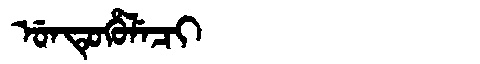
Manchu: ᡠᠨᡨᡠᡥᡠᠯᡝᠴᡳ
Romanization: UNTUHULECI